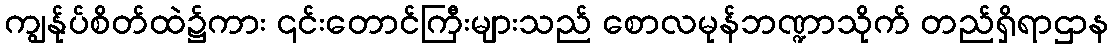
ကျွန်ုပ်စိတ်ထဲ၌ကား ၎င်းတောင်ကြီးများသည် စောလမုန်ဘဏ္ဍာသိုက် တည်ရှိရာဌာန